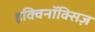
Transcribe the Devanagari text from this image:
इक्विनॉक्सिज़